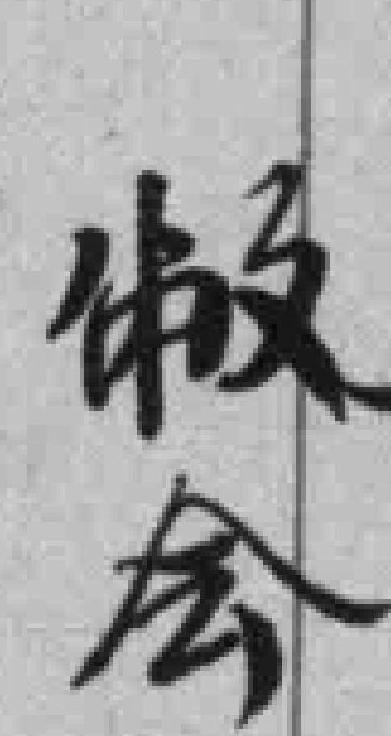
敝會